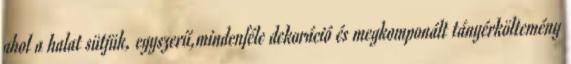
ahol a halat sütjük, egyszerű,mindenféle dekoráció és megkomponált tányérköltemény